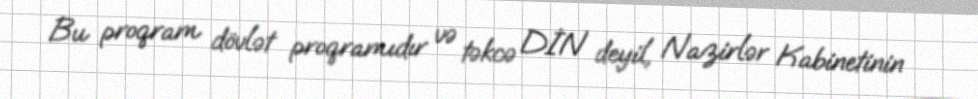
Bu proqram dövlət proqramıdır və təkcə DİN deyil, Nazirlər Kabinetinin